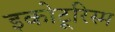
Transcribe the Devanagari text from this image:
इकोटूरिस्म